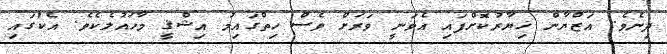
ދިނެވެ. އަޒްޔާން ޚިޔާރުކޮށްފައި އެވަނީ ވަރަށް ވެސް ހިތްގައިމު އިޝްޤީ މާހައުލެކެވެ. އެކުގައި